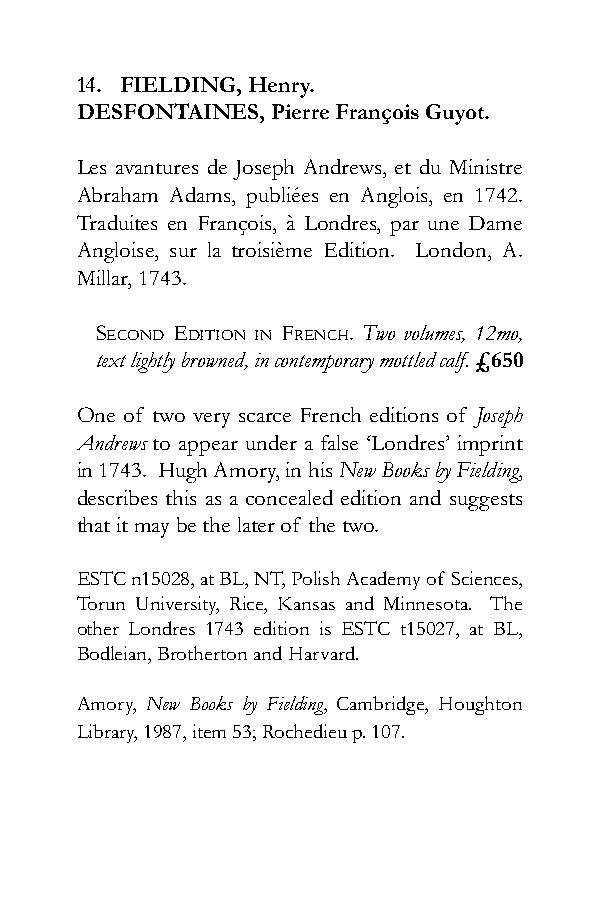
14. FIELDING, Henry.
 DESFONTAINES, Pierre François Guyot.
 Les avantures de Joseph Andrews, et du Ministre
 Abraham Adams, publiées en Anglois, en 1742.
 Traduites en François, à Londres, par une Dame
 Angloise, sur la troisième Edition. London, A.
 Millar, 1743.
 sEcond Edition in FrEnch. Two volumes, 12mo,
 text lightly browned, in contemporary mottled calf. £650
 One of two very scarce French editions of Joseph
 Andrews to appear under a false ‘Londres’ imprint
 in 1743. Hugh Amory, in his New Books by Fielding,
 describes this as a concealed edition and suggests
 that it may be the later of the two.
 ESTC n15028, at BL, NT, Polish Academy of Sciences,
 Torun University, Rice, Kansas and Minnesota. The
 other Londres 1743 edition is ESTC t15027, at BL,
 Bodleian, Brotherton and Harvard.
 Amory, New Books by Fielding, Cambridge, Houghton
 Library, 1987, item 53; Rochedieu p. 107.